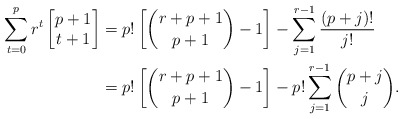
\begin{align*}\sum_{t=0}^{p} r^t \begin{bmatrix} p+1 \\ t+1 \end{bmatrix} & = p! \left[ \binom{r+p+1}{p+1}- 1 \right] - \sum_{j=1}^{r-1} \frac{(p+j)!}{j!} \\& = p! \left[ \binom{r+p+1}{p+1} - 1 \right] - p! \sum_{j=1}^{r-1} \binom{p+j}{j} .\end{align*}